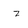
Character: z